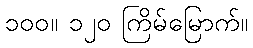
၁၀၀။ ၁၂၀ ကြိမ်မြောက်။